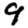
Digit: 9